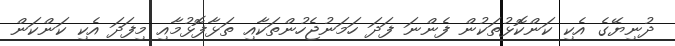
ދުނިޔޭގެ އެކި ކަންކޮޅުތަކުން ފެންނަ ފަދަ ހަމަނުޖެހުންތަކާއި ތަޅާފޮޅުމާއި މިފަދަ އެކި ކަންކަން